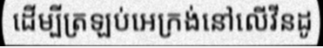
ដើម្បីត្រឡប់អេក្រង់នៅលើវីនដូ